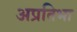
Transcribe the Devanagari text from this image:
अप्रतिभा